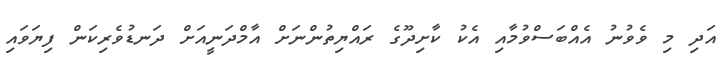
އަދި މި ވެވުނު އެއްބަސްވުމާއި އެކު ކާށިދޫގެ ރައްޔިތުންނަށް އާމްދަނީއަށް ދަނޑުވެރިކަން ފިޔަވައި